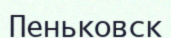
Пеньковск